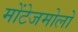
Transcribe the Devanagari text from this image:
मोंटेजमोलो